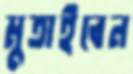
মুতাইবেন